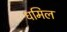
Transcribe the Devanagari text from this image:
धमिल